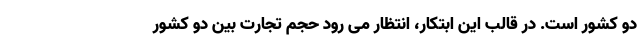
دو کشور است. در قالب این ابتکار، انتظار می رود حجم تجارت بین دو کشور